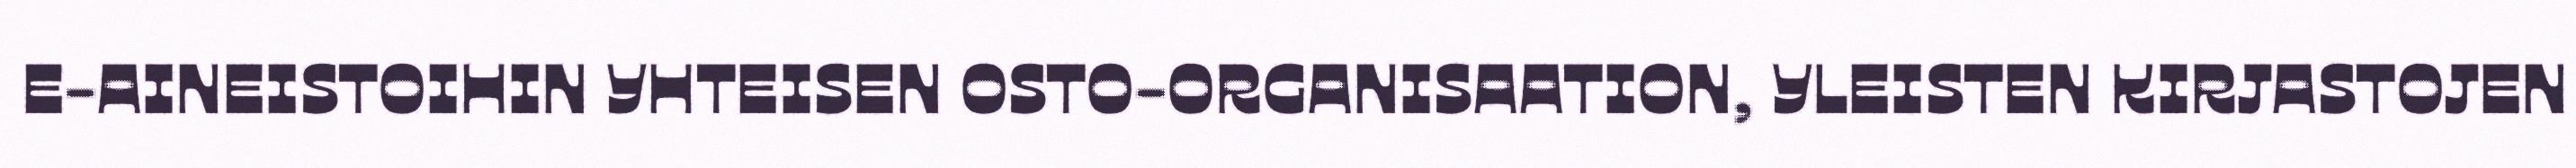
E-AINEISTOIHIN YHTEISEN OSTO-ORGANISAATION, YLEISTEN KIRJASTOJEN